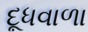
દૂધવાળા